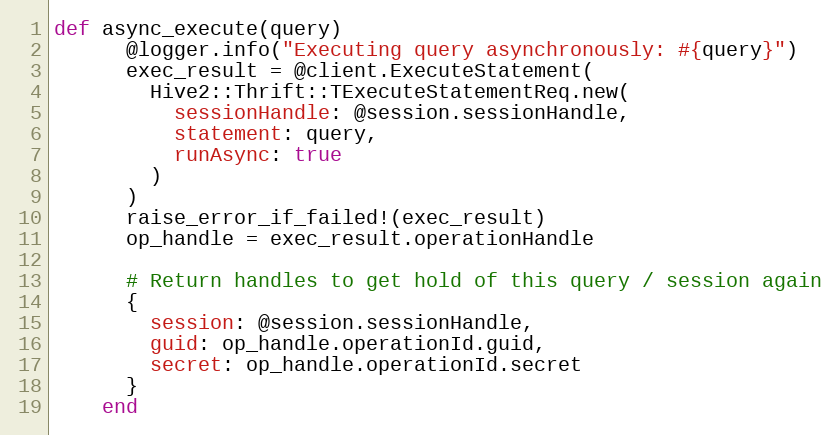
Language: Ruby
def async_execute(query)
      @logger.info("Executing query asynchronously: #{query}")
      exec_result = @client.ExecuteStatement(
        Hive2::Thrift::TExecuteStatementReq.new(
          sessionHandle: @session.sessionHandle,
          statement: query,
          runAsync: true
        )
      )
      raise_error_if_failed!(exec_result)
      op_handle = exec_result.operationHandle

      # Return handles to get hold of this query / session again
      {
        session: @session.sessionHandle,
        guid: op_handle.operationId.guid,
        secret: op_handle.operationId.secret
      }
    end